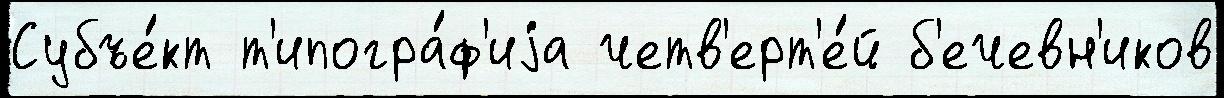
Субъе́кт т'ипогра́ф'иjа четв'ерт'е́й б'ечевн'иков